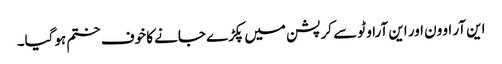
این آر او ون اور این آراو ٹو سے کرپشن میں پکڑے جانے کا خوف ختم ہوگیا۔